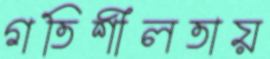
গতিশীলতায়